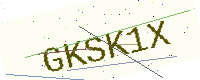
Text: GKSK1X